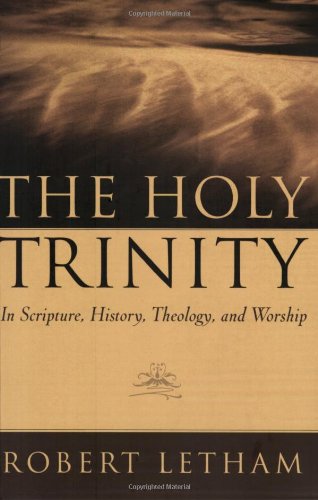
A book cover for The Holy Trinity: In Scripture, History, Theology, and Worship; Robert Letham; Christian Books & Bibles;